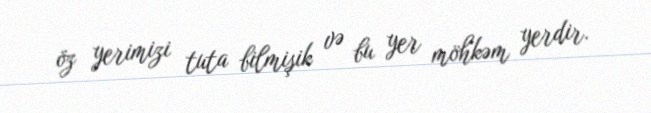
öz yerimizi tuta bilmişik və bu yer möhkəm yerdir.